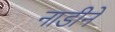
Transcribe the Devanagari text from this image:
नाडीने